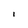
Character: l